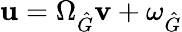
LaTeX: \mathbf{u}=\Omega_{\hat{G}}\mathbf{v}+\omega_{\hat{G}}